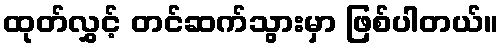
ထုတ်လွှင့် တင်ဆက်သွားမှာ ဖြစ်ပါတယ်။